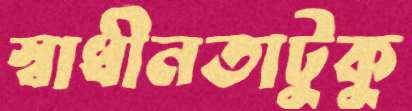
স্বাধীনতাটুকু